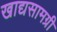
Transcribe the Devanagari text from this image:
खाद्यसामग्री